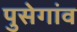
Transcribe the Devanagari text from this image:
पुसेगांव